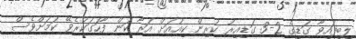
ލިބިފައިވާ ގަޑީގެ 2-3 ގަޑިއިރު ކުރިން ކިއުއަށް އަރާ ކަން ފާހަގަކުރެވޭ ކަމަށްވެސް